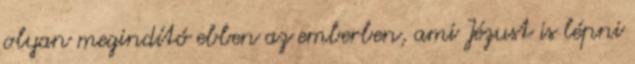
olyan megindító ebben az emberben, ami Jézust is lépni